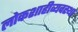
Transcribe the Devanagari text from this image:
लोकशाहीव्यवस्था